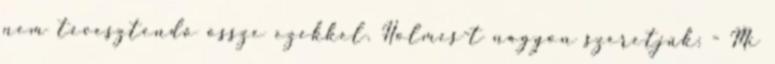
nem tévesztendő össze ezekkel. Holmes-t nagyon szeretjük: - Mi